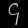
Digit: ၄